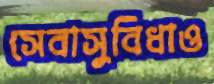
সেবাসুবিধাও